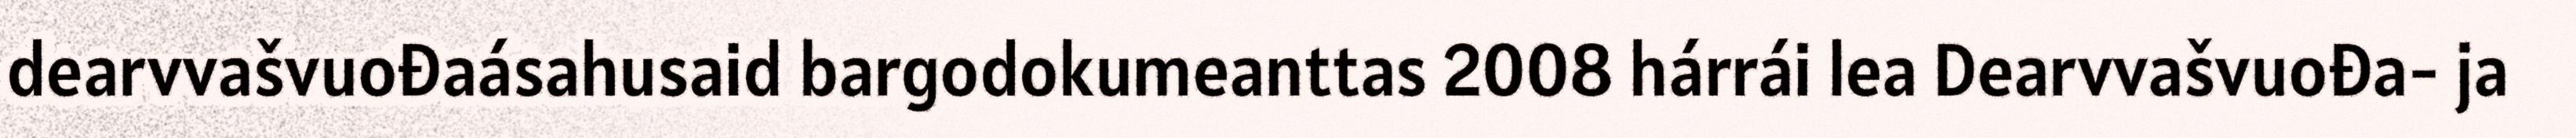
dearvvašvuođaásahusaid bargodokumeanttas 2008 hárrái lea Dearvvašvuođa- ja